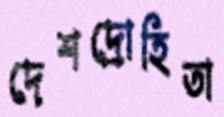
দেশদ্রোহিতা